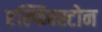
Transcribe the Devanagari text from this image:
एल्फिन्स्टोन